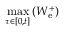
\operatorname* { m a x } _ { \tau \in \left[ 0 , t \right] } \left( W _ { \mathrm { e } } ^ { + } \right)